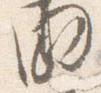
曲